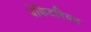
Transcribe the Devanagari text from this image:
बेकिटरियन